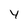
Character: 4